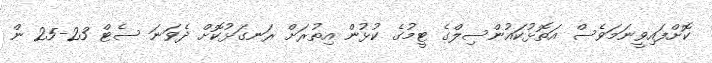
ކޮށްފައިވީނަމަވެސް އަތޮޅުކައުންސިލްގެ ޓީމުގެ ކުޅުން އިތުރަށް ރަނގަޅުކޮށް ދެވަނަ ސެޓް 23-25 ން